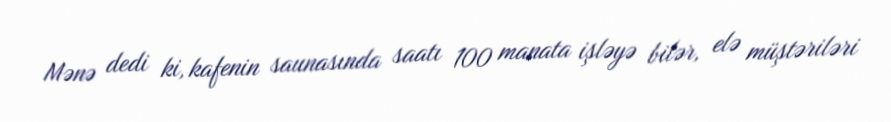
Mənə dedi ki, kafenin saunasında saatı 100 manata işləyə bilər, elə müştəriləri